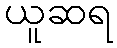
ယူဆရ